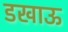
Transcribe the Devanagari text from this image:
डखाऊ